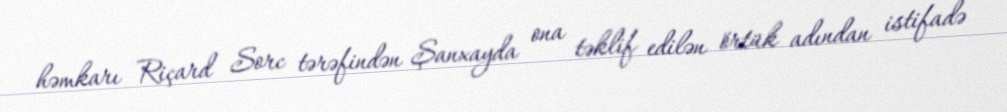
həmkarı Riçard Sorc tərəfindən Şanxayda ona təklif edilən örtük adından istifadə